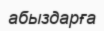
абыздарға